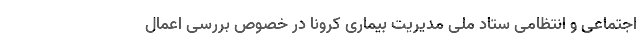
اجتماعی و انتظامی ستاد ملی مدیریت بیماری کرونا در خصوص بررسی اعمال